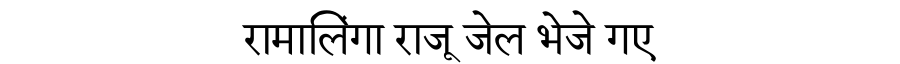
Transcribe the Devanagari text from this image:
रामालिंगा राजू जेल भेजे गए